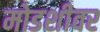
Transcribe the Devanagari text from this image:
मोडशीवर